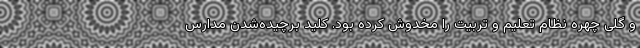
و گلی چهره نظام تعلیم و تربیت را مخدوش کرده بود. کلید برچیده‌شدن مدارس